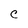
Character: C